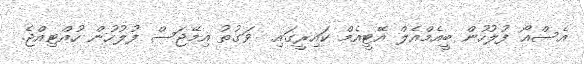
އެސްއޯ ފުލުހުން ބީއެމްއެލް އޭޓީއެމް ކައިރީގައި  ވަގުތު އިމޭޖަސް ފުލުހުން ހުއްޓިއްޖެ.